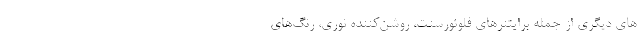
های دیگری از جمله برایتنرهای فلوئورسنت، روشن‌کننده نوری، رنگ‌های